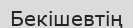
Бекішевтің